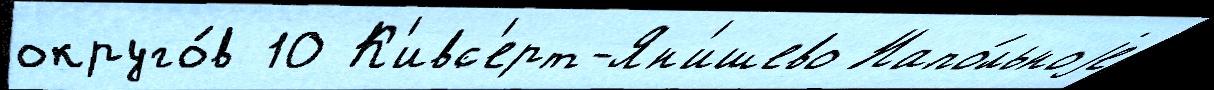
округо́в 10 К'ивс'ерт-Ян'ишево Напо́льноjе